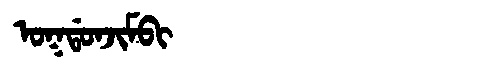
Manchu: ᠣᡴᡩᠣᠨᠵᡳᠮᠪᡳ
Romanization: OKDONJIMBI